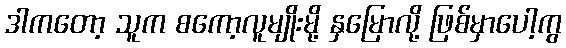
ဒါကတော့ သူက စကော့လူမျိုးမို့ နှမြောလို့ ဖြစ်မှာပေါ့ကွ